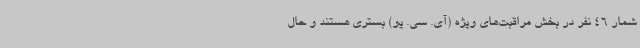
شمار 46 نفر در بخش مراقبت‌های ویژه (آی. سی. یو) بستری هستند و حال